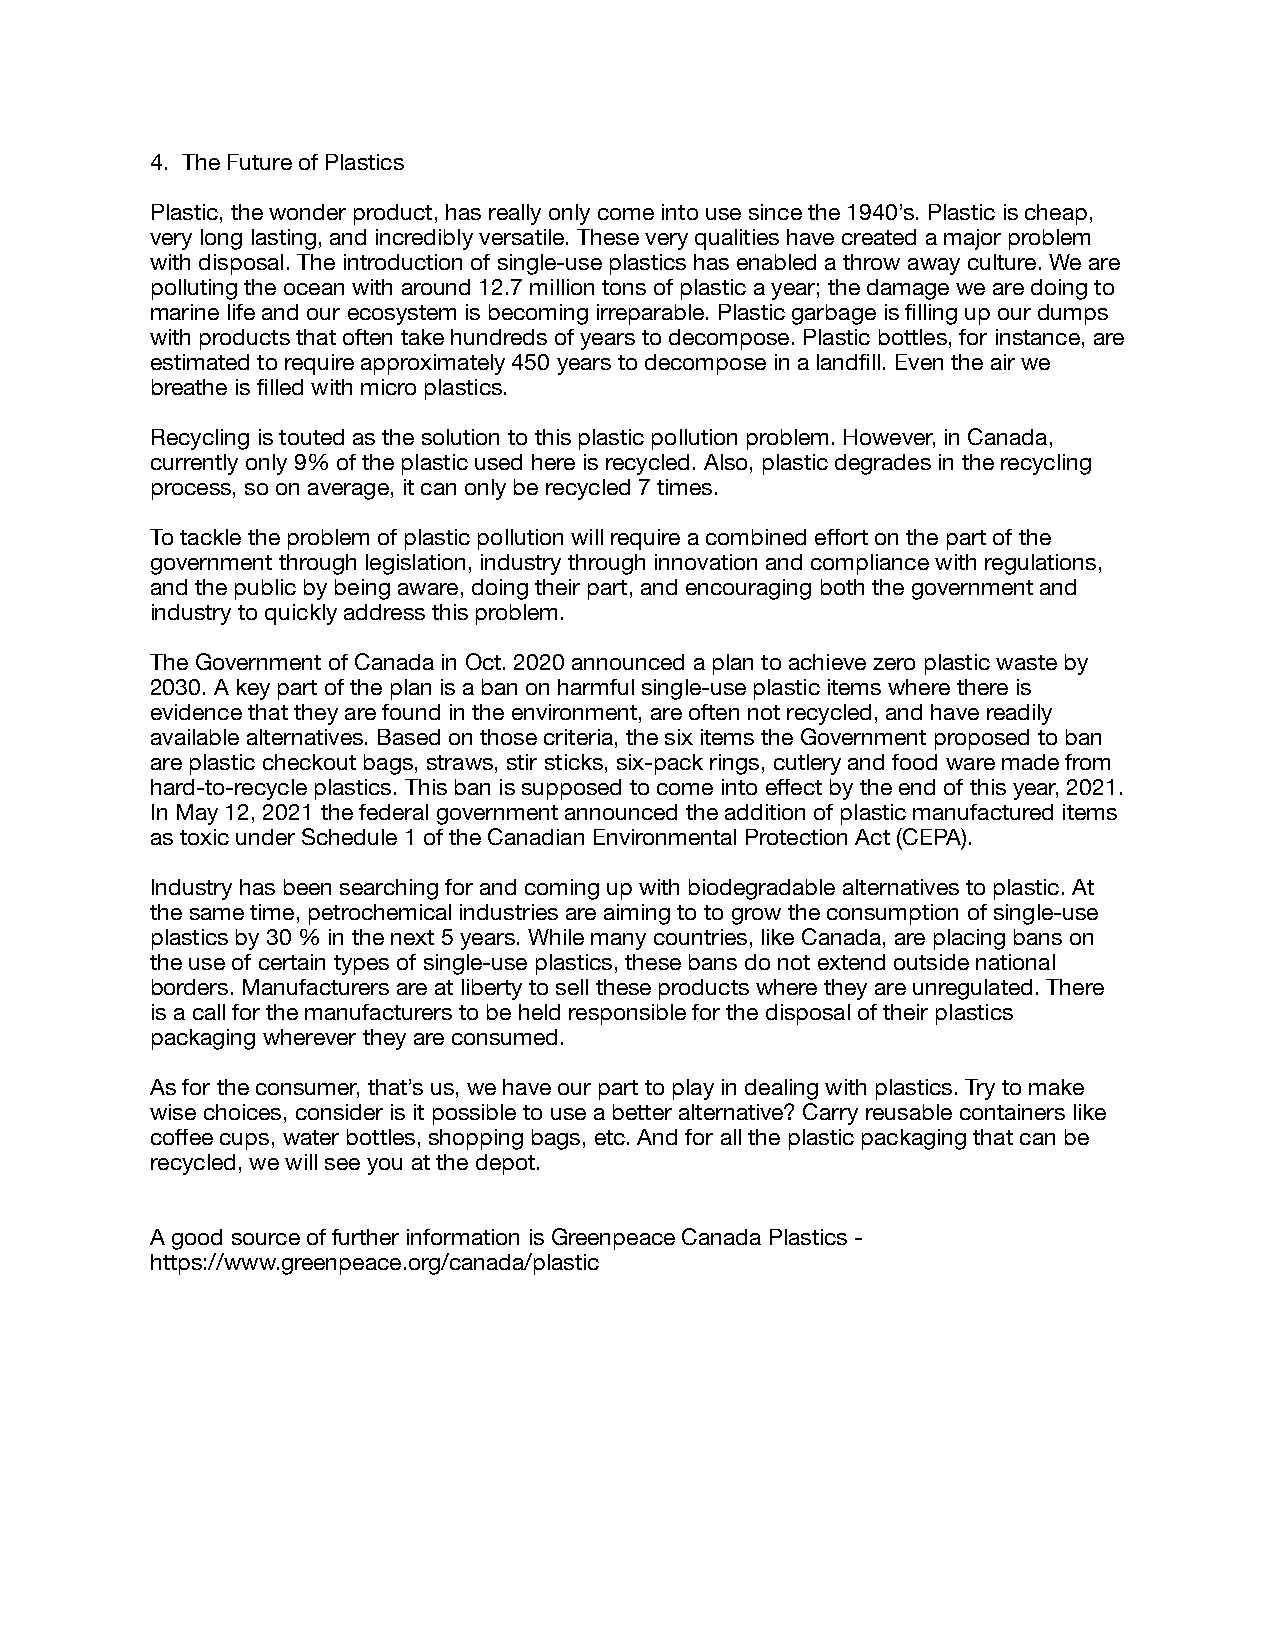
4. The Future of Plastics
 Plastic, the wonder product, has really only come into use since the 1940’s. Plastic is cheap,
 very long lasting, and incredibly versatile. These very qualities have created a major problem
 with disposal. The introduction of single-use plastics has enabled a throw away culture. We are
 polluting the ocean with around 12.7 million tons of plastic a year; the damage we are doing to
 marine life and our ecosystem is becoming irreparable. Plastic garbage is filling up our dumps
 with products that often take hundreds of years to decompose. Plastic bottles, for instance, are
 estimated to require approximately 450 years to decompose in a landfill. Even the air we
 breathe is filled with micro plastics.
 Recycling is touted as the solution to this plastic pollution problem. However, in Canada,
 currently only 9% of the plastic used here is recycled. Also, plastic degrades in the recycling
 process, so on average, it can only be recycled 7 times.
 To tackle the problem of plastic pollution will require a combined effort on the part of the
 government through legislation, industry through innovation and compliance with regulations,
 and the public by being aware, doing their part, and encouraging both the government and
 industry to quickly address this problem.
 The Government of Canada in Oct. 2020 announced a plan to achieve zero plastic waste by
 2030. A key part of the plan is a ban on harmful single-use plastic items where there is
 evidence that they are found in the environment, are often not recycled, and have readily
 available alternatives. Based on those criteria, the six items the Government proposed to ban
 are plastic checkout bags, straws, stir sticks, six-pack rings, cutlery and food ware made from
 hard-to-recycle plastics. This ban is supposed to come into effect by the end of this year, 2021.
 In May 12, 2021 the federal government announced the addition of plastic manufactured items
 as toxic under Schedule 1 of the Canadian Environmental Protection Act (CEPA).
 Industry has been searching for and coming up with biodegradable alternatives to plastic. At
 the same time, petrochemical industries are aiming to to grow the consumption of single-use
 plastics by 30 % in the next 5 years. While many countries, like Canada, are placing bans on
 the use of certain types of single-use plastics, these bans do not extend outside national
 borders. Manufacturers are at liberty to sell these products where they are unregulated. There
 is a call for the manufacturers to be held responsible for the disposal of their plastics
 packaging wherever they are consumed.
 As for the consumer, that’s us, we have our part to play in dealing with plastics. Try to make
 wise choices, consider is it possible to use a better alternative? Carry reusable containers like
 coffee cups, water bottles, shopping bags, etc. And for all the plastic packaging that can be
 recycled, we will see you at the depot.
 A good source of further information is Greenpeace Canada Plastics -
 https://www.greenpeace.org/canada/plastic